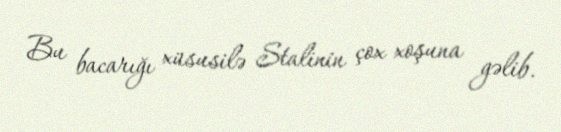
Bu bacarığı xüsusilə Stalinin çox xoşuna gəlib.